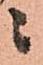
ニ